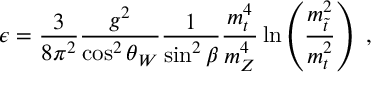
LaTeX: \epsilon = \frac { 3 } { 8 \pi ^ { 2 } } \frac { g ^ { 2 } } { \cos ^ { 2 } \theta _ { W } } \frac { 1 } { \sin ^ { 2 } \beta } \frac { m _ { t } ^ { 4 } } { m _ { Z } ^ { 4 } } \ln \left( \frac { m _ { \tilde { t } } ^ { 2 } } { m _ { t } ^ { 2 } } \right) \ ,